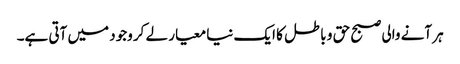
ہر آنے والی صبح حق و باطل کا ایک نیا معیار لے کر وجود میں آتی ہے۔